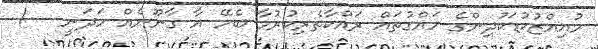
މުއިއްޒުކުޑަކުދިންގެ ހައްގުތައް ރައްކާތެރިކުރުމާ ބެހޭ އާ ގާނޫނެއް ހަދަނީ   !